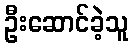
ဦးဆောင်ခဲ့သူ